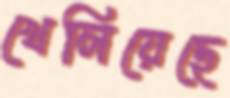
খেলিয়েছে